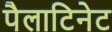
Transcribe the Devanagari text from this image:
पैलाटिनेट